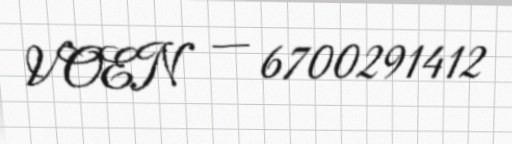
VOEN — 6700291412